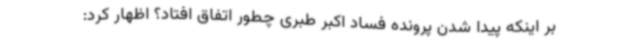
بر اینکه پیدا شدن پرونده فساد اکبر طبری چطور اتفاق افتاد؟ اظهار کرد: